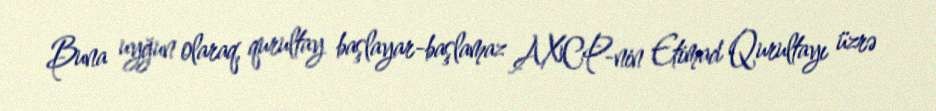
Buna uyğun olaraq, qurultay başlayar-başlamaz AXCP-nin Etimad Qurultayı üzrə